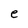
Character: e